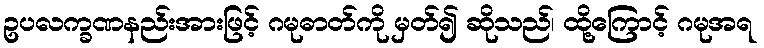
ဥပလက္ခဏနည်းအားဖြင့် ဂမုဓာတ်ကို မှတ်၍ ဆိုသည်၊ ထို့ကြောင့် ဂမုအရ